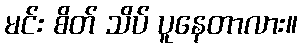
မင်း စိတ် သိပ် ပူနေတာလား။